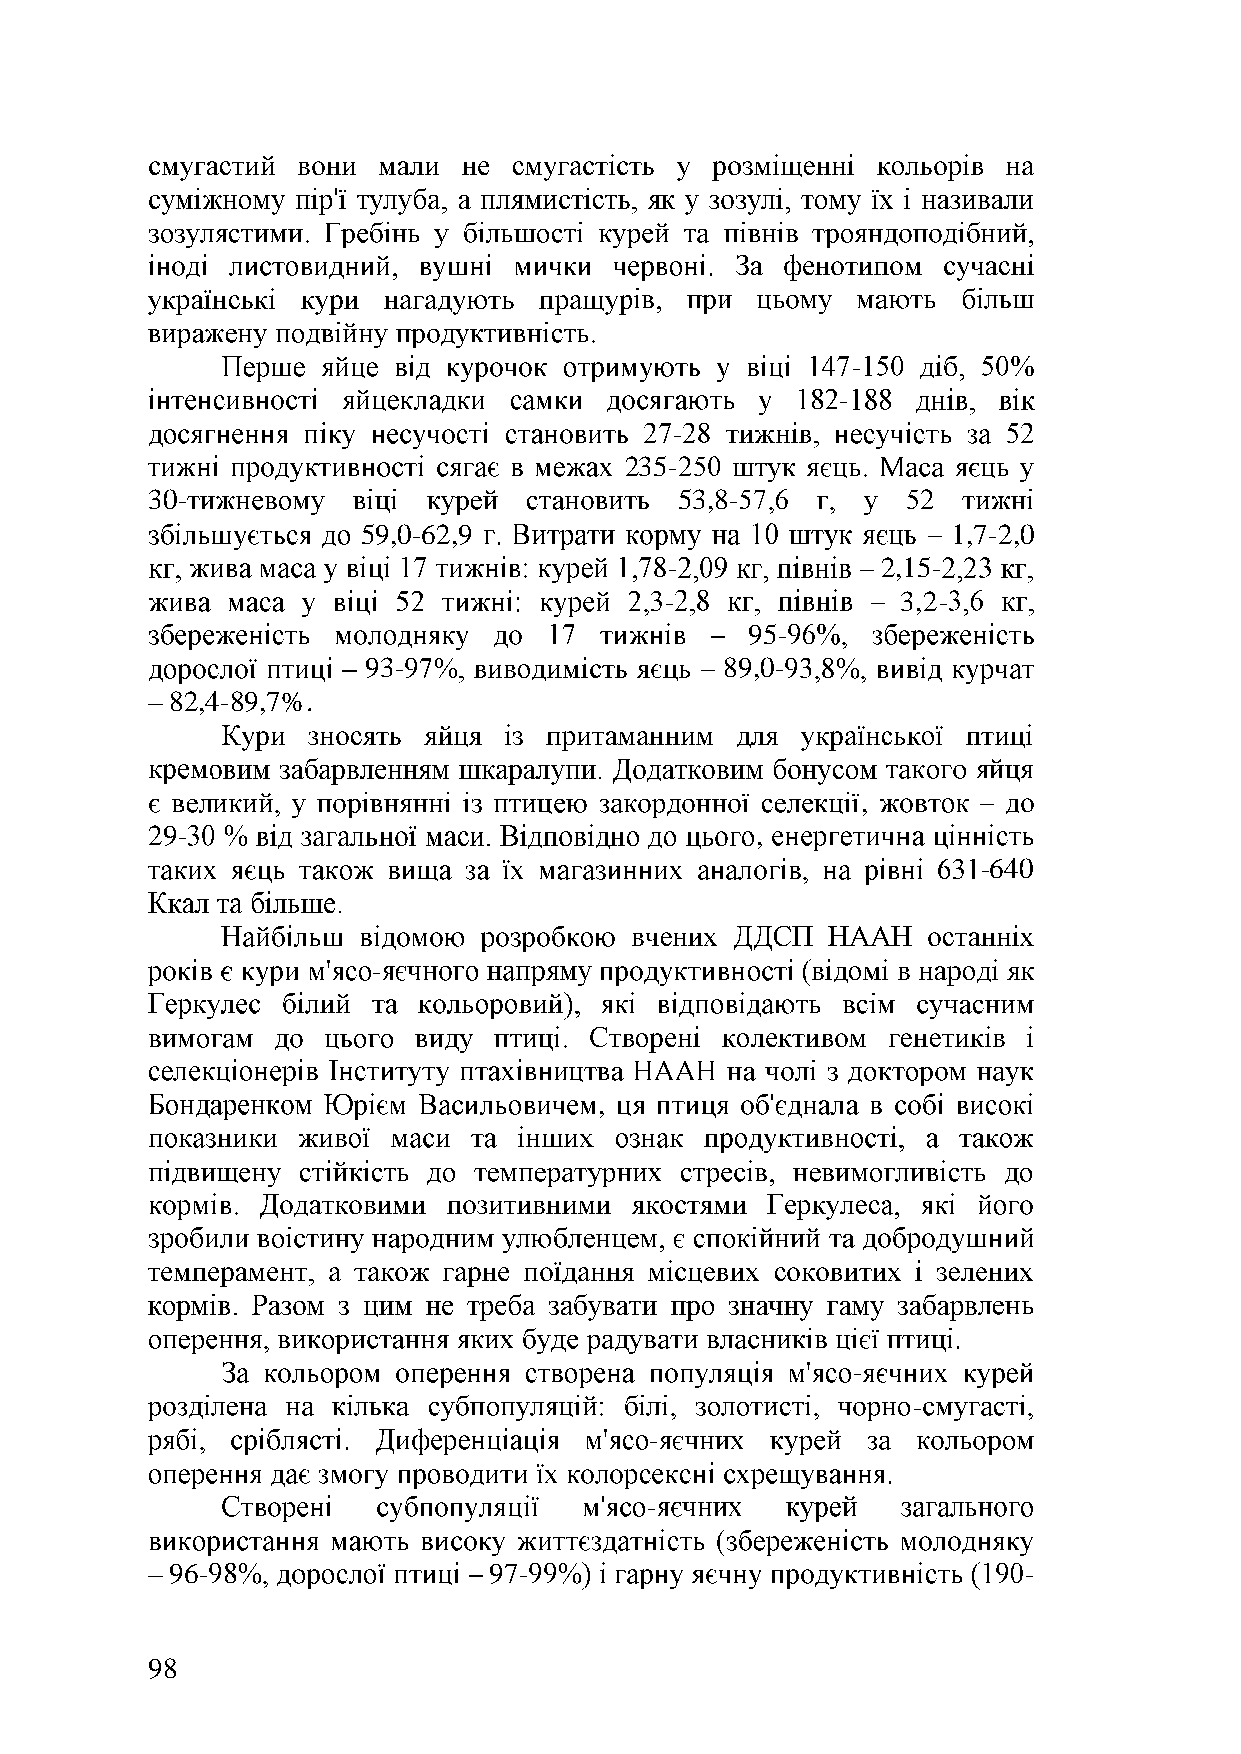
-
 -
 -
 235-
 30-                                53,8-
 59,0-62,9                              1,7-2,0
 -             2,15-
 -               3,2-
 95-
 93-                     89,0-
 82,4-89,7%.
 ,
 29-                                     ,
 -640
 -
 ,
 -
 -
 -
 -
 96-                  97-                                 -
 98